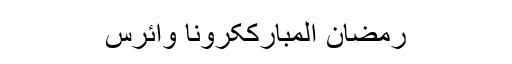
رمضان المبارککرونا وائرس